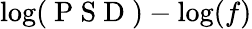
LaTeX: \log(\mathrm{~P~S~D~})-\log(f)